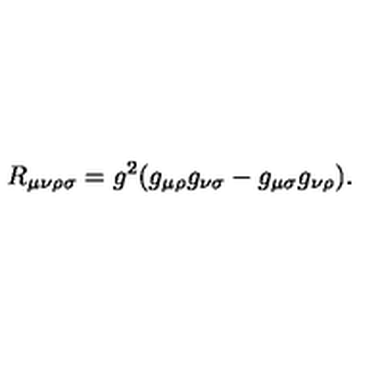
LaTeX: R _ { \mu \nu \rho \sigma } = g ^ { 2 } ( g _ { \mu \rho } g _ { \nu \sigma } - g _ { \mu \sigma } g _ { \nu \rho } ) .